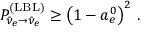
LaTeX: P _ { \bar { \nu } _ { e } \to \bar { \nu } _ { e } } ^ { ( \mathrm { L B L } ) } \geq \left( 1 - a _ { e } ^ { 0 } \right) ^ { 2 } \, .